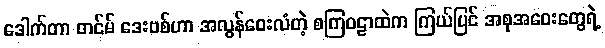
ဒေါက်တာ တင်မ် ဒေးဗစ်ဟာ အလွန်ဝေးလံတဲ့ စကြဝဠာထဲက ကြယ်ပြင် အစုအဝေးတွေရဲ့